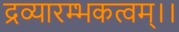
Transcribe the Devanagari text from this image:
द्रव्यारम्भकत्वम्।।